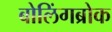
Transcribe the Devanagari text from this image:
बोलिंगब्रोक